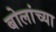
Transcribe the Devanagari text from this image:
बोलांच्या